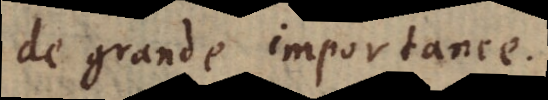
de grande importance.